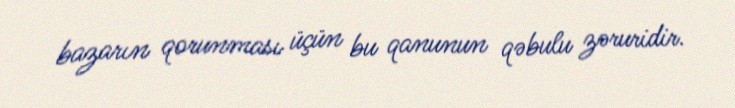
bazarın qorunması üçün bu qanunun qəbulu zəruridir.